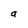
Character: a